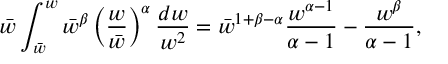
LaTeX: \bar { w } \int _ { \bar { w } } ^ { w } \bar { w } ^ { \beta } \left( { \frac { w } { \bar { w } } } \right) ^ { \alpha } { \frac { d w } { w ^ { 2 } } } = \bar { w } ^ { 1 + \beta - \alpha } { \frac { w ^ { \alpha - 1 } } { \alpha - 1 } } - { \frac { w ^ { \beta } } { \alpha - 1 } } ,